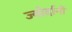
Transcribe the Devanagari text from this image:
ज्योर्दानी